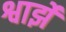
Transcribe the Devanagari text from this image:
श्वार्झे